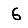
Digit: 6